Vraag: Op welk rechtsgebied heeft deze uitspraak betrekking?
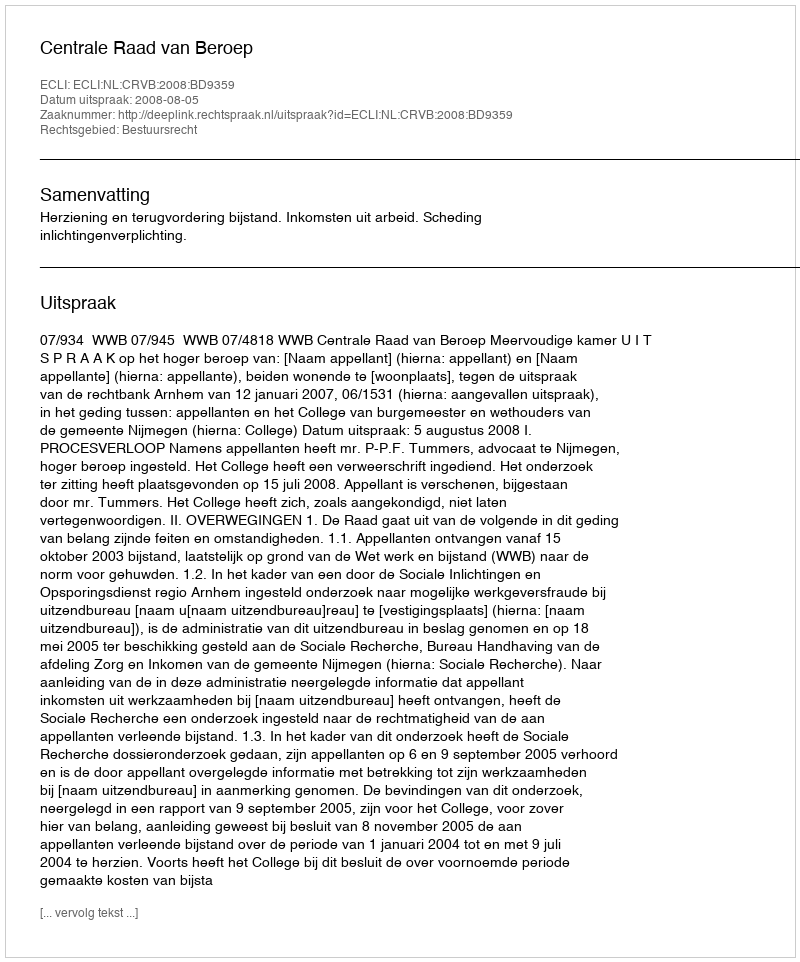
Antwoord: Bestuursrecht